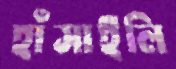
হাঁসাইলি